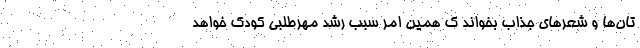
تان‌ها و شعرهای جذاب بخواند ک همین امر سبب رشد مهرطلبی کودک خواهد